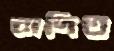
নাদিত